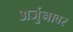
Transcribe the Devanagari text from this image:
अर्जुनावर